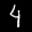
Label: 4